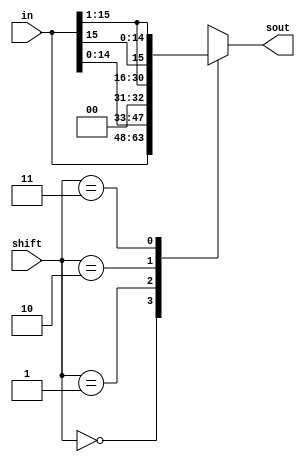
module shifter (in,shift,sout);
//decides whether to remain same, shift left, right or right with append MSB [15]
  input [15:0] in;
  input [1:0] shift;
  output [15:0] sout;
  reg [15:0] sout;

  always @* begin
    case (shift)
      
      2'b00: sout =in;     //stays the same
      2'b01: sout= in<<1;  //shift left
      2'b10: sout= in>>1; //shift right (MSB=0)
      2'b11: sout= {in[15],in[15:1]}; //shift right(MSB=in[15])
      default: sout= 16'bx; 
    endcase
  end
endmodule